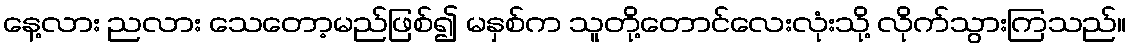
နေ့လား ညလား သေတော့မည်ဖြစ်၍ မနှစ်က သူတို့တောင်လေးလုံးသို့ လိုက်သွားကြသည်။